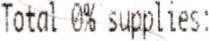
TOTAL 0% SUPPLIES: